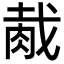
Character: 胾